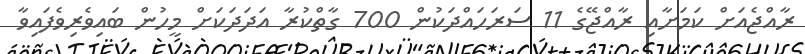
ރާއްޖެއަށް ކަމަށާއި ރާއްޖޭގެ 11 ސަރަހައްދަކުން 700 ގާތްކުރާ އަދަދަކަށް މީހުން ބައިވެރިވެފައިވާ